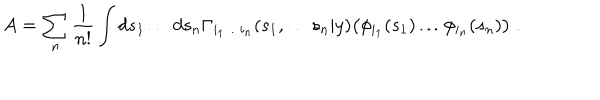
LaTeX: A = \sum _ { n } \frac { 1 } { n ! } \int d s _ { 1 } \ldots d s _ { n } \Gamma _ { i _ { 1 } \ldots i _ { n } } ( s _ { 1 } , \ldots s _ { n } | y ) \bigl ( \phi _ { i _ { 1 } } ( s _ { 1 } ) \ldots \phi _ { i _ { n } } ( s _ { n } ) \bigl ) \; .